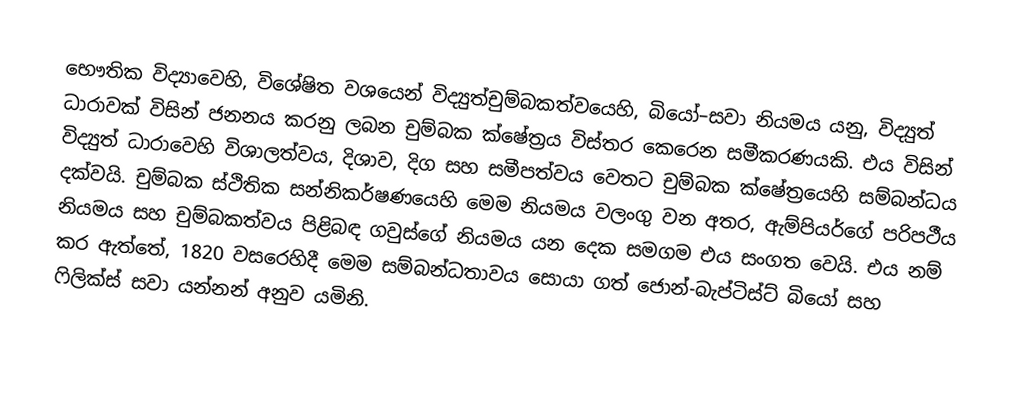
භෞතික විද්‍යාවෙහි, විශේෂිත වශයෙන් විද්‍යුත්චුම්බකත්වයෙහි, බියෝ–සවා නියමය යනු,  විද්‍යුත් ධාරාවක් විසින් ජනනය කරනු ලබන චුම්බක ක්ෂේත්‍රය විස්තර කෙරෙන සමීකරණයකි. එය විසින් විද්‍යුත් ධාරාවෙහි විශාලත්වය, දිශාව, දිග සහ සමීපත්වය වෙතට චුම්බක ක්ෂේත්‍රයෙහි සම්බන්ධය දක්වයි. චුම්බක ස්ථිතික  සන්නිකර්ෂණයෙහි මෙම නියමය වලංගු වන අතර, ඇම්පියර්ගේ  පරිපථීය නියමය සහ චුම්බකත්වය පිළිබඳ ගවුස්ගේ නියමය යන දෙක සමගම එය සංගත වෙයි.  එය නම් කර ඇත්තේ, 1820 වසරෙහිදී මෙම සම්බන්ධතාවය සොයා ගත් ජොන්-බැප්ටිස්ට් බියෝ සහ ෆිලික්ස් සවා යන්නන් අනුව යමිනි.